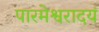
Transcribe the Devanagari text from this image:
पारमेश्वरादयं